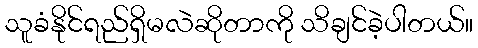
သူခံနိုင်ရည်ရှိမလဲဆိုတာကို သိချင်ခဲ့ပါတယ်။